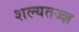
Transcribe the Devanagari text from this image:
शल्यतज्‍ज्ञ